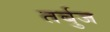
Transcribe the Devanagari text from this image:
तर्बुज